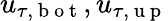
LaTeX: u_{\tau,\mathrm{~b~o~t~}},u_{\tau,\mathrm{~u~p~}}